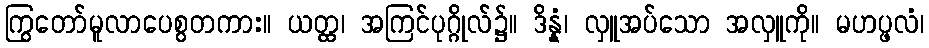
ကြွတော်မူလာပေစွတကား။ ယတ္ထ၊ အကြင်ပုဂ္ဂိုလ်၌။ ဒိန္နံ၊ လှူအပ်သော အလှူကို။ မဟပ္ဖလံ၊